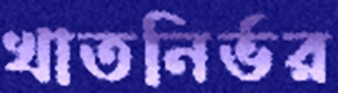
খাতনির্ভর